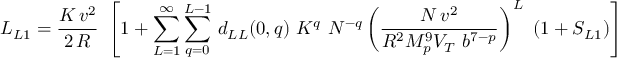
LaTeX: L _ { L 1 } = { \frac { K \, v ^ { 2 } } { 2 \, R } } ~ \left[ 1 + \sum _ { L = 1 } ^ { \infty } \sum _ { q = 0 } ^ { L - 1 } \, d _ { L L } ( 0 , q ) ~ K ^ { q } ~ N ^ { - q } \left( { \frac { N \, v ^ { 2 } } { R ^ { 2 } M _ { p } ^ { 9 } V _ { T } ~ b ^ { 7 - p } } } \right) ^ { L } ~ ( 1 + S _ { L 1 } ) \right]